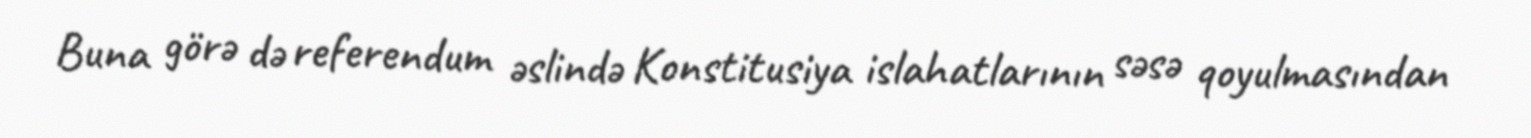
Buna görə də referendum əslində Konstitusiya islahatlarının səsə qoyulmasından